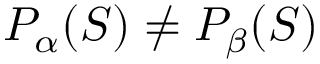
P _ { \alpha } ( S ) \neq P _ { \beta } ( S )